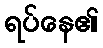
ရပ်နေ၏